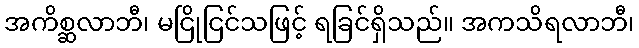
အကိစ္ဆလာဘီ၊ မငြိုငြင်သဖြင့် ရခြင်ရှိသည်။ အကသိရလာဘီ၊